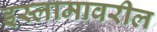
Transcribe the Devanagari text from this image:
इस्लामावरील